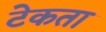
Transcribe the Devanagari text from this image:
टेकता